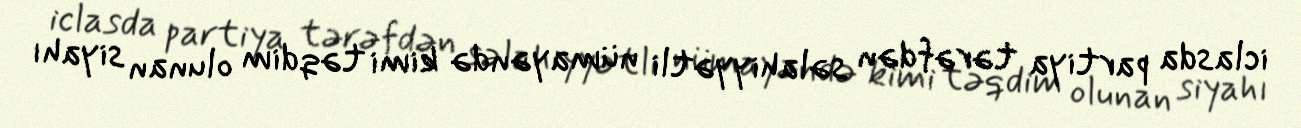
iclasda partiya tərəfdən səlahiyyətli nümayəndə kimi təqdim olunan siyahı